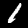
Digit: 1